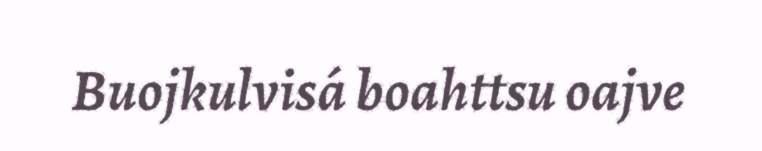
Buojkulvisá boahttsu oajve